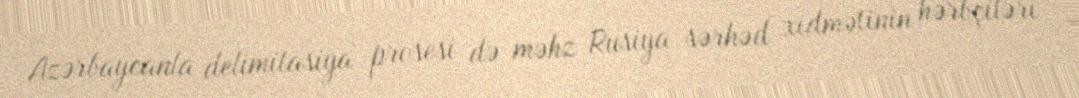
Azərbaycanla delimitasiya prosesi də məhz Rusiya sərhəd xidmətinin hərbçiləri